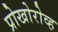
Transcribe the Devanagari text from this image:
प्रोखोरोव्ह